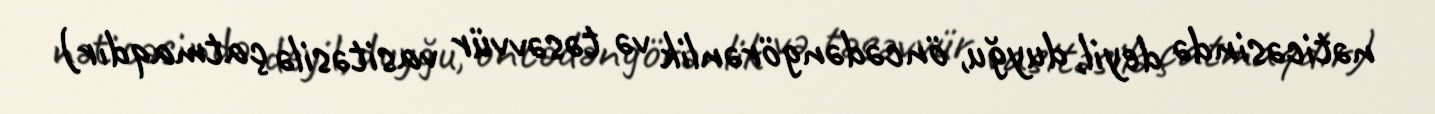
nəticəsində deyil, duyğu, öncədəngörənlik və təsəvvür vasitəsilə çatmaqdır)